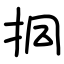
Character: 挏